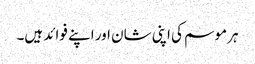
ہر موسم کی اپنی شان اور اپنے فوائد ہیں۔